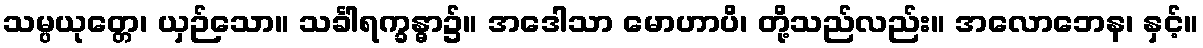
သမ္ပယုတ္တေ၊ ယှဉ်သော။ သင်္ခါရက္ခန္ဓာ၌။ အဒေါသာ မောဟာပိ၊ တို့သည်လည်း။ အလောဘေန၊ နှင့်။